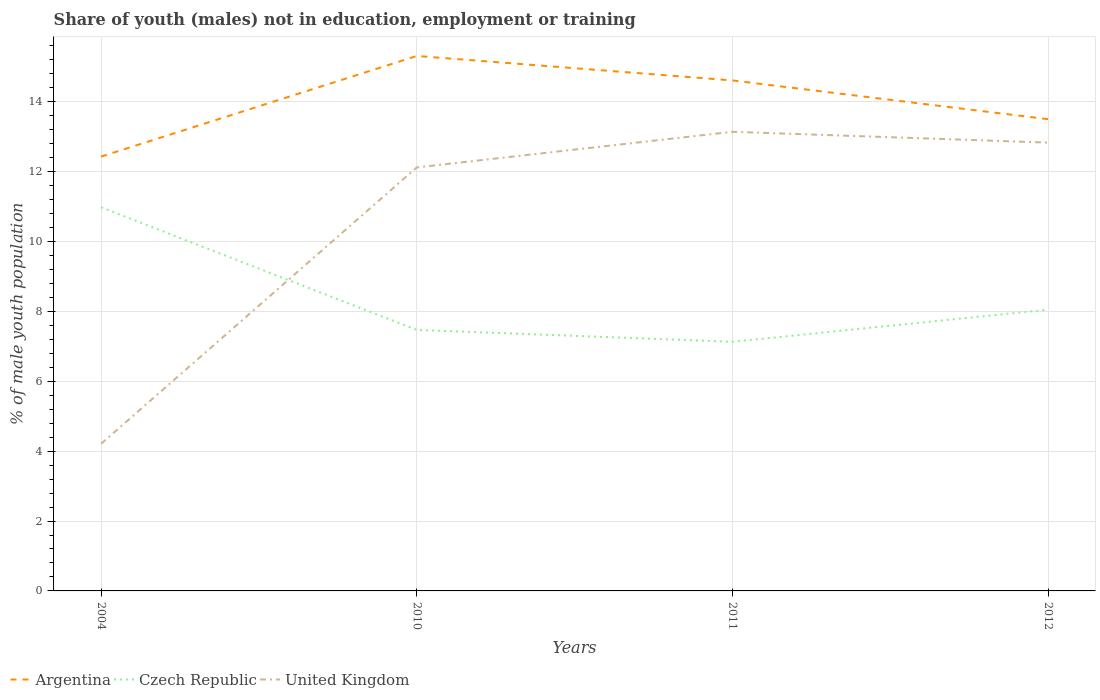
| Years | Argentina | Czech Republic | United Kingdom |
 | --- | --- | --- | --- |
 | 2004 | 12.4 | 11 | 4.21 |
 | 2010 | 15.3 | 7.47 | 12.1 |
 | 2011 | 14.6 | 7.13 | 13.1 |
 | 2012 | 13.5 | 8.05 | 12.8 |